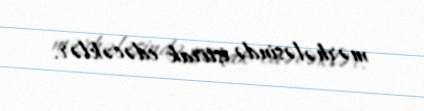
mərhələsində iştirak edəcəklər.